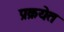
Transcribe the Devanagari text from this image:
प्रक्रयेत